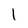
Character: l